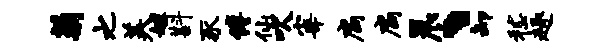
菊之美嫁斟豕傅仙吹宰扃扃晨、卸嵇趣